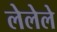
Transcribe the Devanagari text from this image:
लेलेले